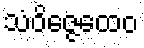
သံဝိဇ္ဇေထေဝ